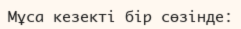
Мұса кезекті бір сөзінде: